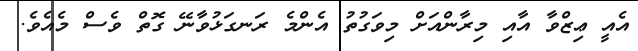
އެއީ ޢިޒްވާ އާއި މިރާންއަށް މިވަގުތު އެންމެ ރަނގަޅުވާނޭ ގޮތް ވެސް މެއެވެ.